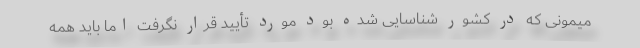
میمونی که در کشور شناسایی شده بود مورد تأیید قرار نگرفت اما باید همه